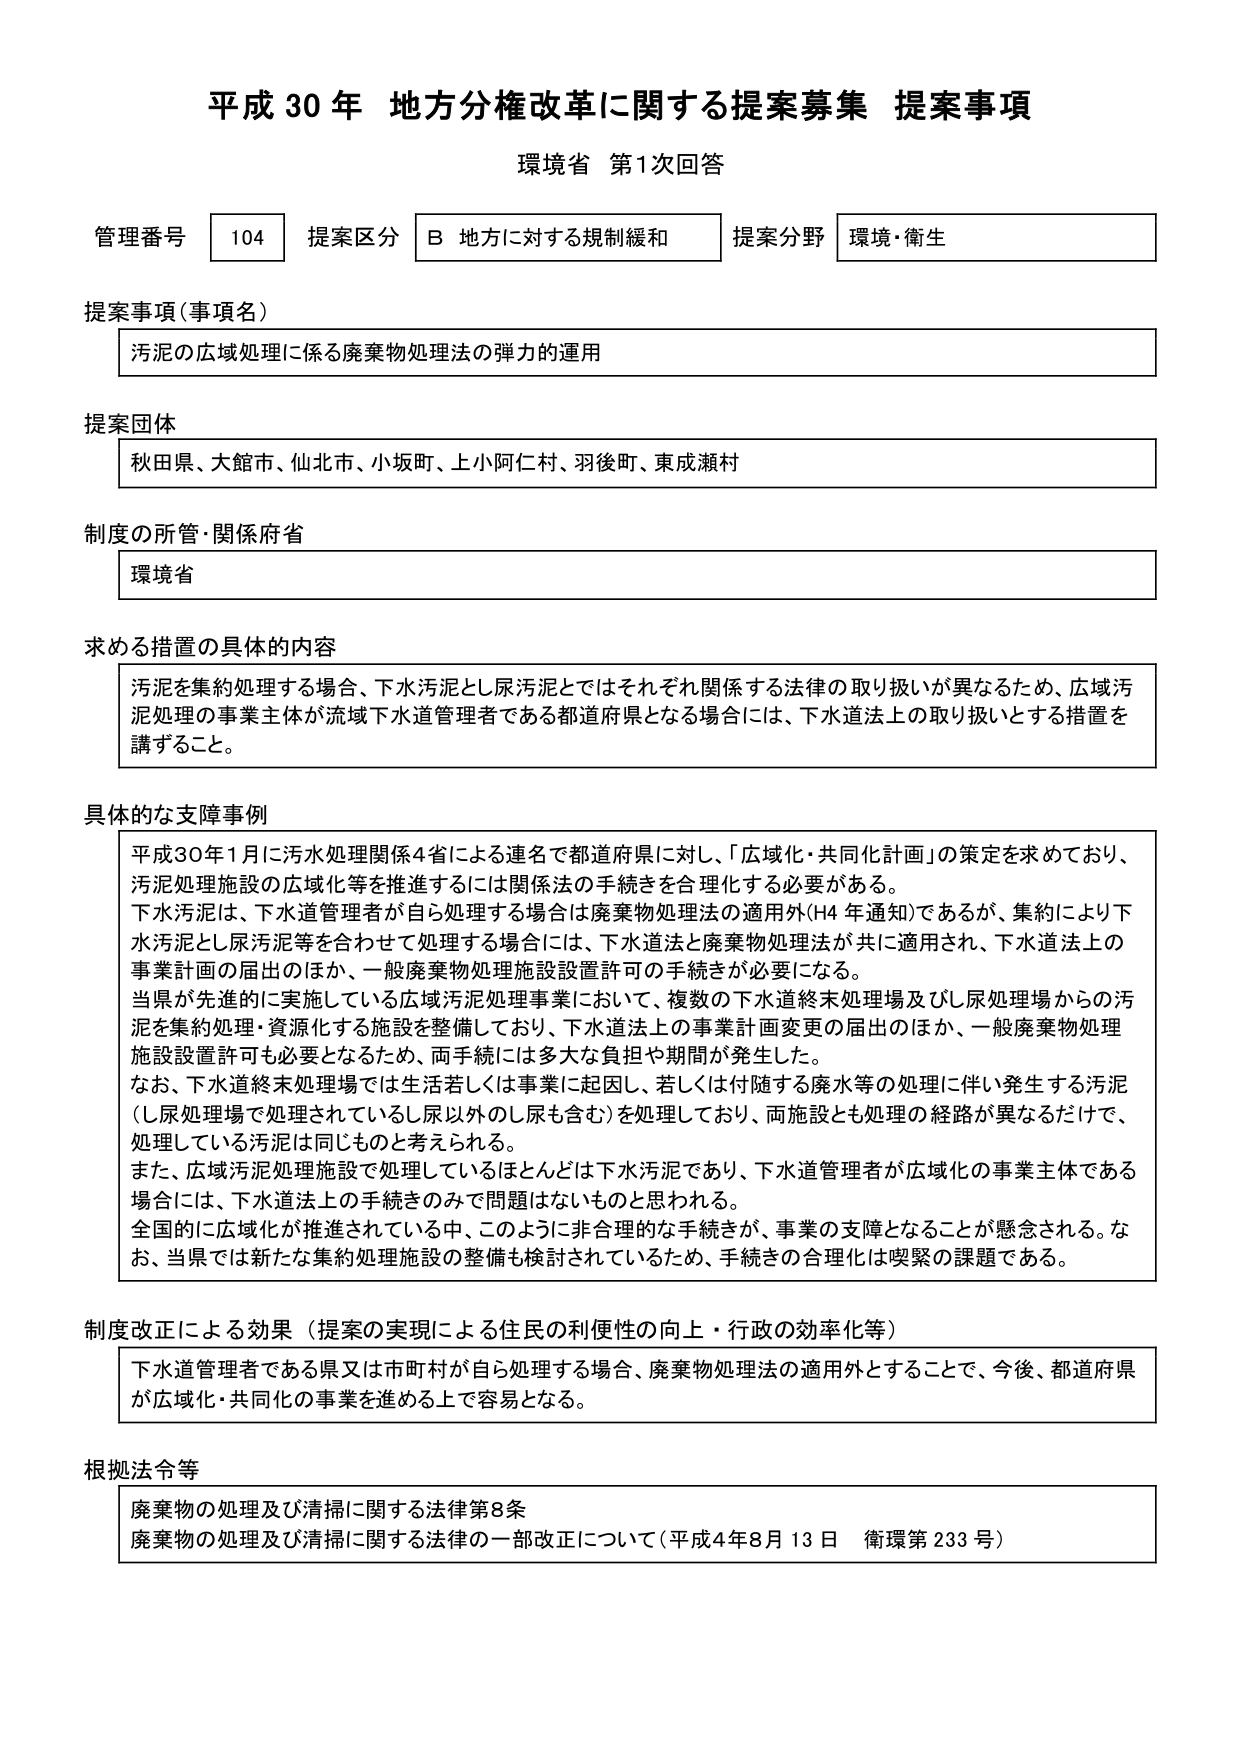
平成30年 地方分権改革に関する提案募集 提案事項
環境省 第1次回答

管理番号 104 提案区分 B 地方に対する規制緩和 提案分野 環境・衛生

提案事項（事項名）
汚泥の広域処理に係る廃棄物処理法の弾力的運用

提案団体
秋田県、大館市、仙北市、小坂町、上小阿仁村、羽後町、東成瀬村

制度の所管・関係府省
環境省

求める措置の具体的な内容
汚泥を集約処理する場合、下水汚泥とし尿汚泥とではそれぞれ関係する法律の取り扱いが異なるため、広域汚泥処理の事業主体が流域下水道管理者である都道府県となる場合には、下水道法上の取り扱いとする措置を講ずること。

具体的な支障事例
平成30年1月に汚水処理関係4省による連名で都道府県に対し、「広域化・共同化計画」の策定を求めており、汚泥処理施設の広域化等を推進するには関係法の手続きを合理化する必要がある。
下水汚泥は、下水道管理者が自ら処理する場合は廃棄物処理法の適用外（H4年通知）であるが、集約により下水汚泥とし尿汚泥等を合わせて処理する場合には、下水道法と廃棄物処理法が共に適用され、下水道法上の事業計画の届出のほか、一般廃棄物処理施設設置許可の手続きが必要になる。
当県が先進的に実施している広域汚泥処理事業において、複数の下水道終末処理場及びし尿処理場からの汚泥を集約処理・資源化する施設を整備しており、下水道法上の事業計画変更の届出のほか、一般廃棄物処理施設設置許可も必要となるため、両手続には多大な負担や期間が発生した。
なお、下水道終末処理場では生活汚若しくは事業に起因し、若しくは付随する廃水等の処理に伴い発生する汚泥（し尿処理場で処理されているし尿以外のし尿も含む）を処理しており、両施設とも処理の経路が異なるだけで、処理している汚泥は同じものと考えられる。
また、広域汚泥処理施設で処理しているほとんどは下水汚泥であり、下水道管理者が広域化の事業主体である場合には、下水道法上の手続きのみで問題はないものと思われる。
全国的に広域化が推進されている中、このように非合理的な手続きが、事業の支障となることが懸念される。なお、当県では新たな集約処理施設の整備も検討されているため、手続きの合理化は喫緊の課題である。

制度改正による効果（提案の実現による住民の利便性の向上・行政の効率化等）
下水道管理者である県又は市町村が自ら処理する場合、廃棄物処理法の適用外とすることで、今後、都道府県が広域化・共同化の事業を進める上で容易となる。

根拠法令等
廃棄物の処理及び清掃に関する法律第8条
廃棄物の処理及び清掃に関する法律の一部改正について（平成4年8月13日 衛環第233号）